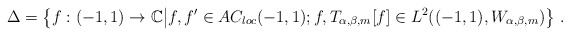
\begin{align*}\Delta=\left\{f:(-1,1)\rightarrow \mathbb C\big|f,f'\in AC_{loc}(-1,1); f, T_{\alpha,\beta,m}[f]\in L^2((-1,1),W_{\alpha,\beta, m})\right\}\,.\end{align*}